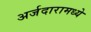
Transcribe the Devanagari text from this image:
अर्जदारामध्ये